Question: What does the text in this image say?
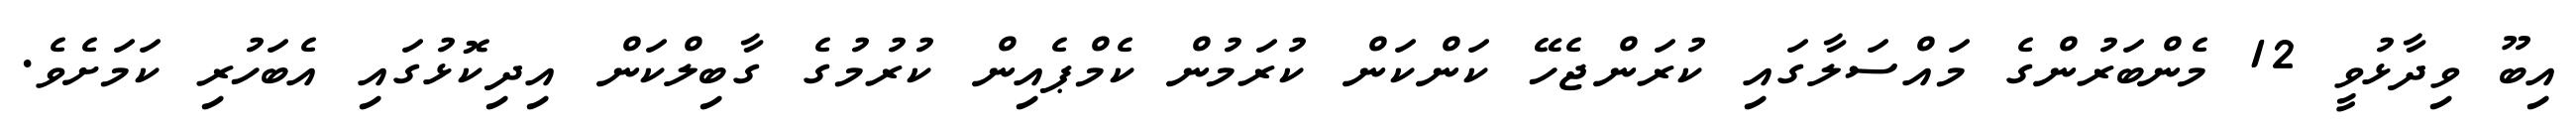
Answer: އިބޫ ވިދާޅުވީ 12 މެންބަރުންގެ މައްސަލާގައި ކުރަންޖެހޭ ކަންކަން ކުރަމުން ކެމްޕެއިން ކުރުމުގެ ގާބިލްކަން އިދިކޮޅުގައި އެބަހުރި ކަމަށެވެ.